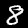
Label: 8